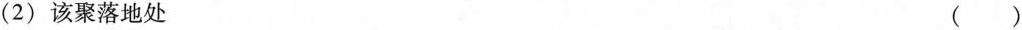
(2)该聚落地处 ()